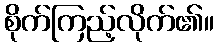
စိုက်ကြည့်လိုက်၏။